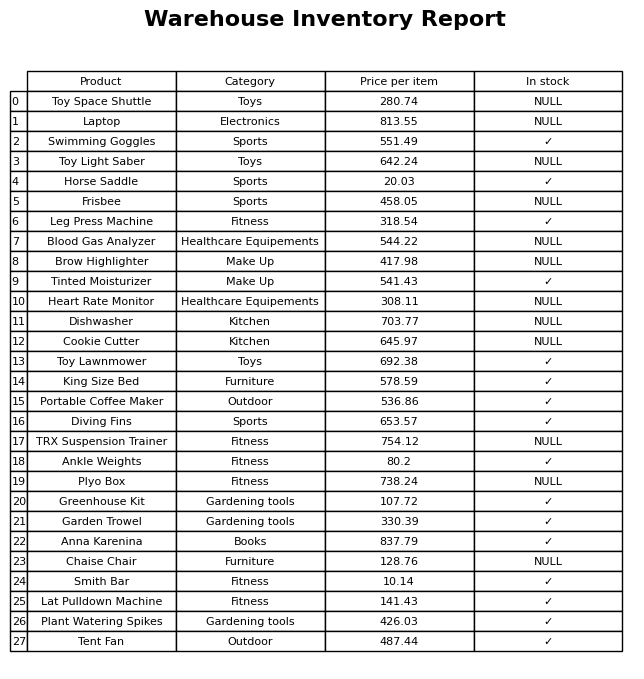
question: Which products are available in stock?
answer: Swimming Goggles, Horse Saddle, Leg Press Machine, Tinted Moisturizer, Toy Lawnmower, King Size Bed, Portable Coffee Maker, Diving Fins, Ankle Weights, Greenhouse Kit, Garden Trowel, Anna Karenina, Smith Bar, Lat Pulldown Machine, Plant Watering Spikes, Tent Fan